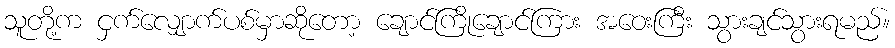
သူတို့က ငှက်လျှောက်ပစ်မှာဆိုတော့ ချောင်ကြိုချောင်ကြား အဝေးကြီး သွားချင်သွားရမည်။